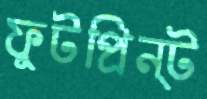
ফুটপ্রিন্ট